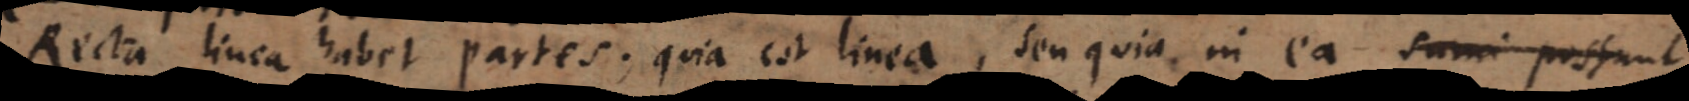
Recta linea habet partes; quia est linea, seu quia in ea sumi possunt